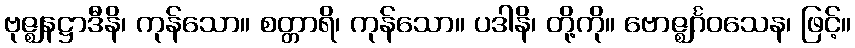
ဗုဇ္ဈနဋ္ဌာဒီနိ၊ ကုန်သော။ စတ္တာရိ၊ ကုန်သော။ ပဒါနိ၊ တို့ကို။ ဗောဇ္ဈင်္ဂဝသေန၊ ဖြင့်။